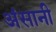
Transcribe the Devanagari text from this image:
अंसानी